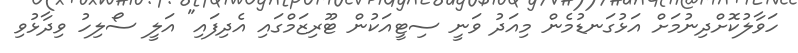
ހަވާލުކޮށްދިނުމަށް އަޅުގަނޑުމެން މިއަދު ވަނީ ސިޓީއަކުން ޓޫރިޒަމްގައި އެދިފައި" އަލީ ސޯލިހު ވިދާޅުވި